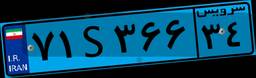
۷۱S۳۶۶۳۴